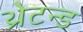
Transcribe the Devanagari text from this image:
थ्रेटन्ड